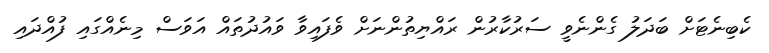
ކެބިނެޓަށް ބަދަލު ގެންނެވީ ސަރުކާރުން ރައްޔިތުންނަށް ވެފައިވާ ވައުދުތައް އަވަސް މިނެއްގައި ފުއްދައި